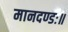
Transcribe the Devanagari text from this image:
मानदण्डः॥